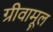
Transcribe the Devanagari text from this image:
ग्रीवामूल